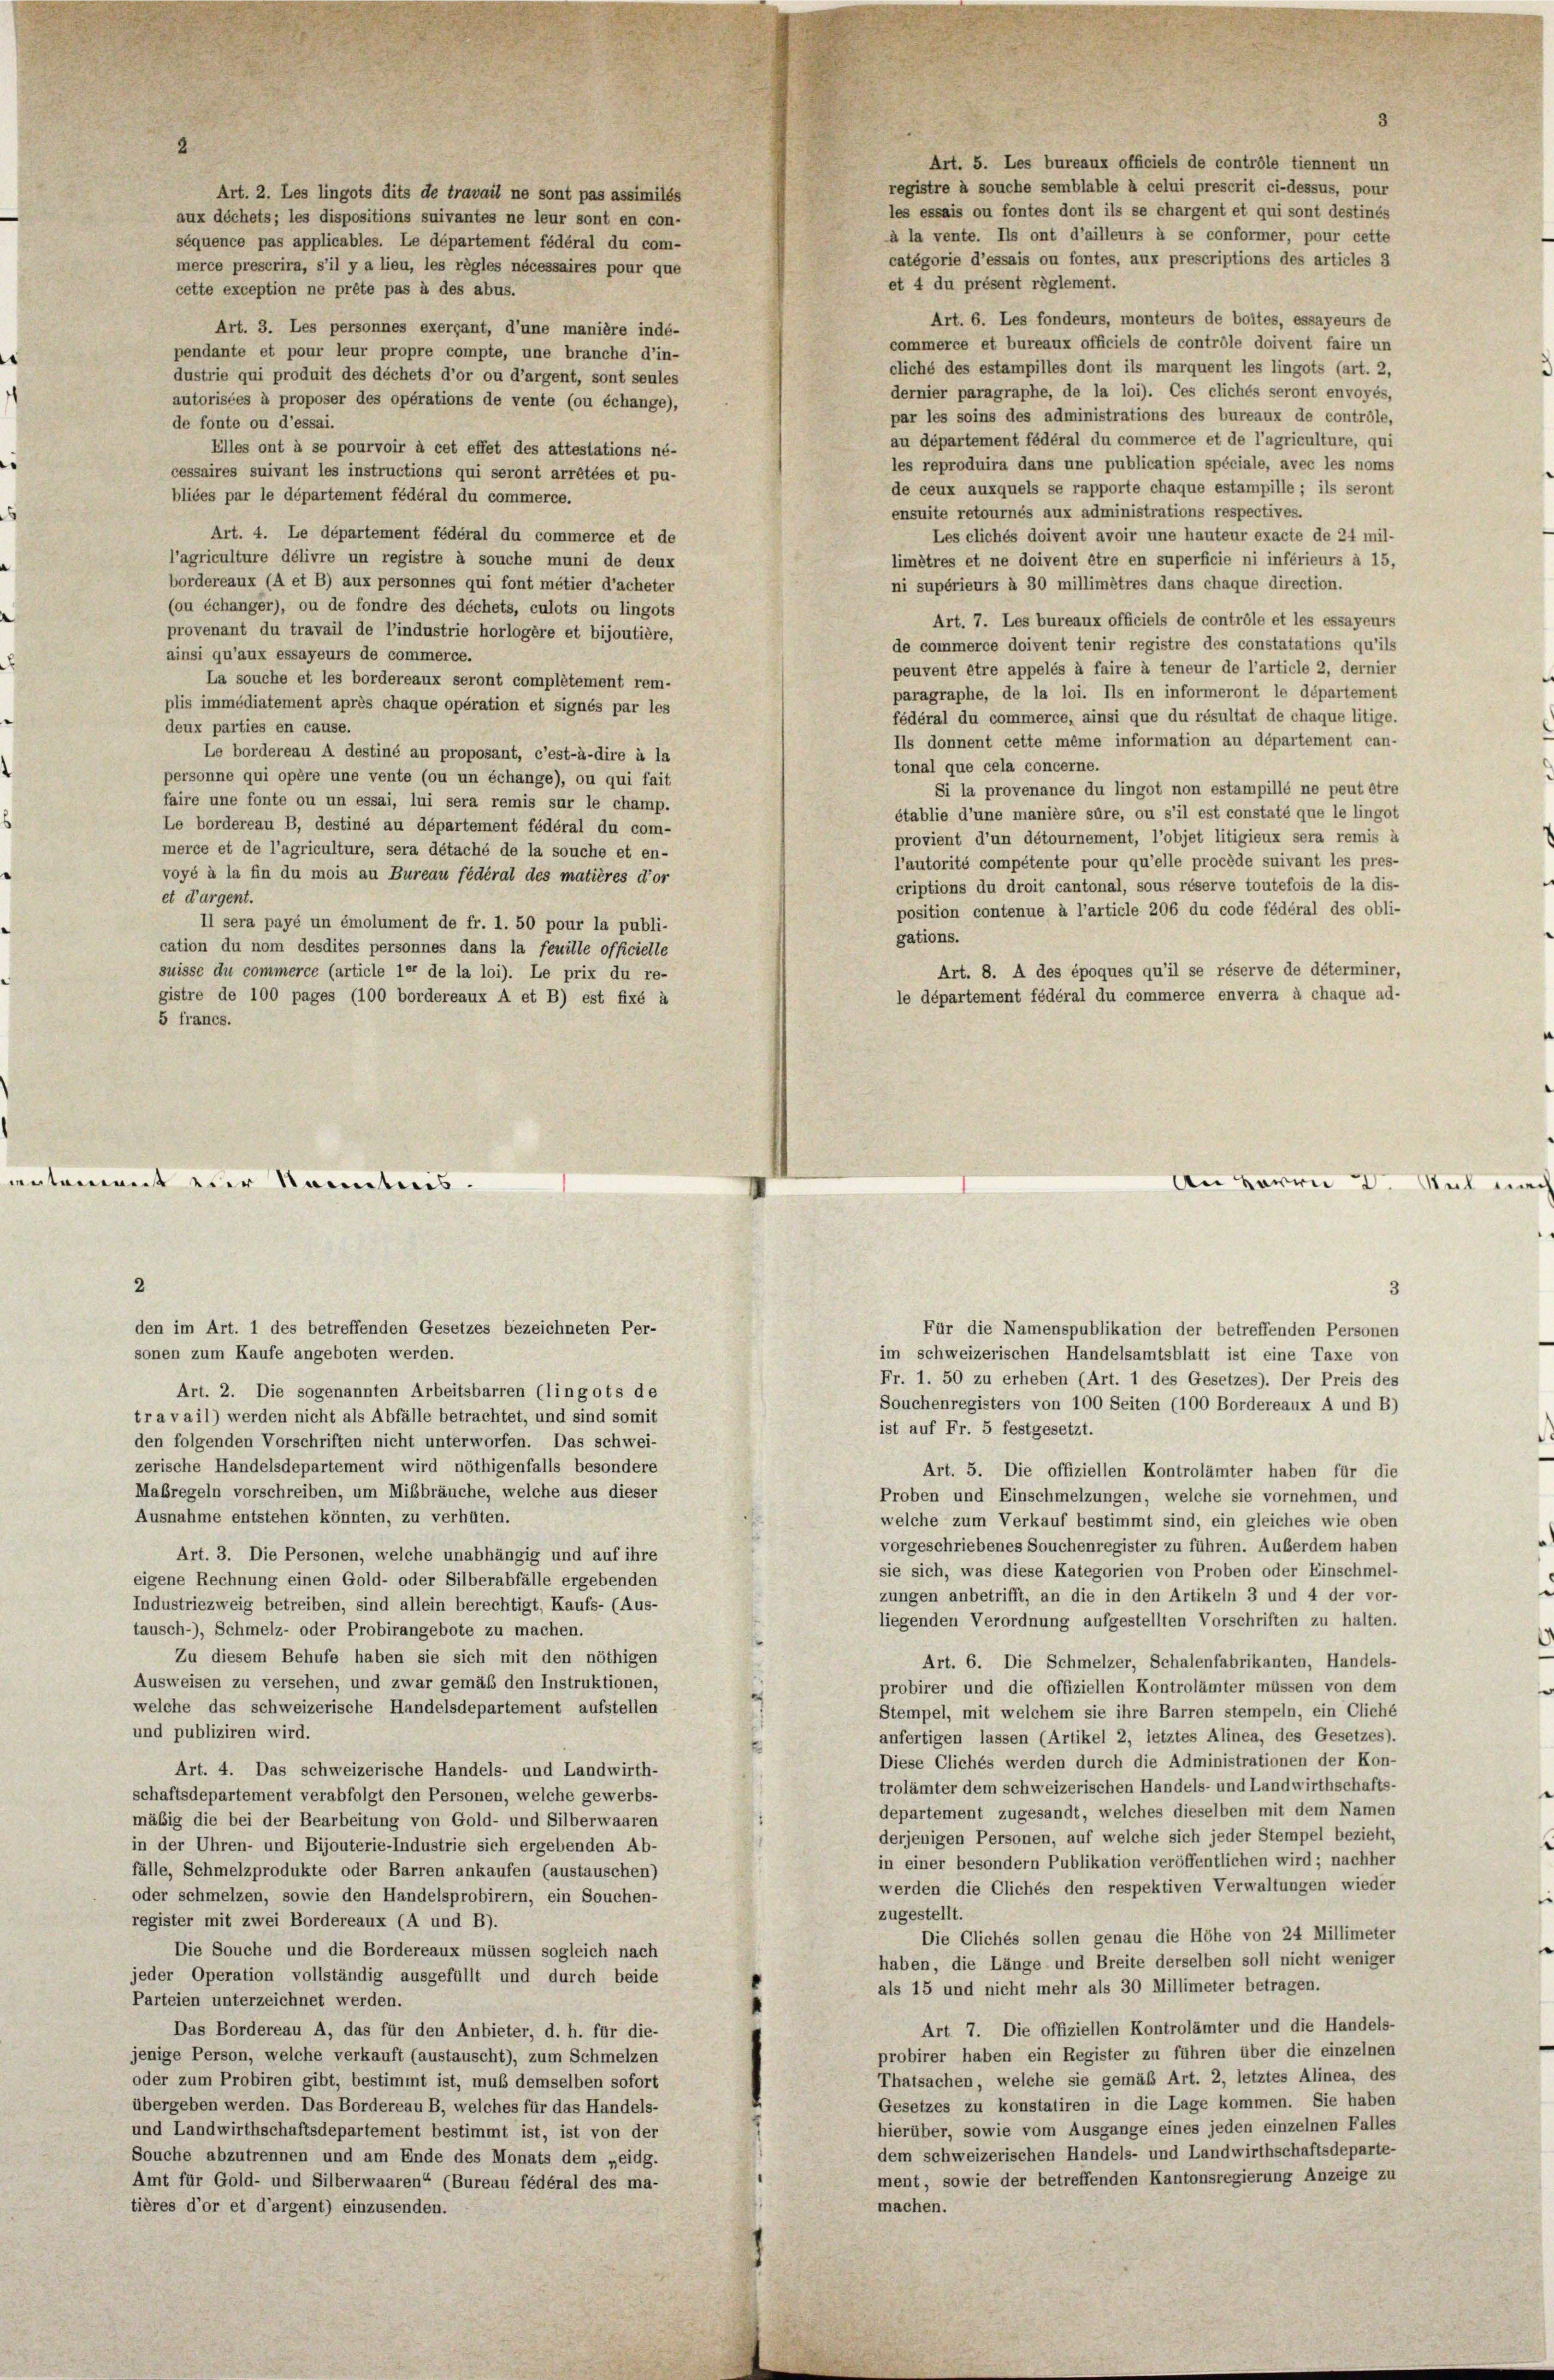
cette exception ne prête pas à des abus.
Art. 3. Les personnes exerçant, d’une manière indé-
pendante et pour leur propre compte, une branche d’in-
dustrie qui produit des déchets d’or ou d’argent, sont seules
autorisées à proposer des opérations de vente (ou échange),
de fonte ou d’essai.
Elles ont à se pourvoir à cet effet des attestations né-
cessaires suivant les instructions qui seront arrêtées et pu-
bliées par le département fédéral du commerce.
Art. 4. Le département fédéral du commerce et de
l’agriculture délivre un registre à souche muni de deux
bordereaux (A et B) aux personnes qui font métier d’acheter
(ou échanger), ou de fondre des déchets, culots ou lingots
provenant du travail de l’industrie horlogère et bijoutière,
ainsi qu’aux essayeurs de commerce.
La souche et les bordereaux seront complétement rem-
plis immédiatement après chaque opération et signés par les
deux parties en cause.
Le bordereau A destiné au proposant, c’est-à-dire à la
personne qui opère une vente (ou un échange), ou qui fait
faire une fonte ou un essai, lui sera remis sur le champ.
Le bordereau B, destiné au département fédéral du com-
merce et de l’agriculture, sera détaché de la souche et en-
voyé à la fin du mois au Bureau fédéral des matières d’or
et d’argent.
Il sera payé un émolument de fr. 1. 50 pour la publi-
cation du nom desdites personnes dans la feuille officielle
suisse du commerce (article 1er de la loi). Le prix du re-
gistre de 100 pages (100 bordereaux A et B) est fixé à
5 francs.
entement vier konntes.

Art. 2. Les lingots dits de travail ne sont pas assimilés
aux déchets; les dispositions suivantes ne leur sont en con-
séquence pas applicables. Le département fédéral du com-
merce prescrira, s’il y a lieu, les règles nécessaires pour que

den im Art. 1 des betreffenden Gesetzes bezeichneten Per-

2
sonen zum Kaufe angeboten werden.
Art. 2. Die sogenannten Arbeitsbarren (lingots de
travail) werden nicht als Abfälle betrachtet, und sind somit
den folgenden Vorschriften nicht unterworfen. Das schwei-
zerische Handelsdepartement wird nöthigenfalls besondere
Maßregeln vorschreiben, um Mißbräuche, welche aus dieser
Ausnahme entstehen könnten, zu verhüten.
Art. 3. Die Personen, welche unabhängig und auf ihre
eigene Rechnung einen Gold- oder Silberabfälle ergebenden
Industriezweig betreiben, sind allein berechtigt, Kaufs- (Aus-
tausch-), Schmelz- oder Probirangebote zu machen.
Zu diesem Behufe haben sie sich mit den nöthigen
Ausweisen zu versehen, und zwar gemäß den Instruktionen,
welche das schweizerische Handelsdepartement aufstellen
und publiziren wird.
Art. 4. Das schweizerische Handels- und Landwirth-
schaftsdepartement verabfolgt den Personen, welche gewerbs-
mäßig die bei der Bearbeitung von Gold- und Silberwaaren
in der Uhren- und Bijouterie-Industrie sich ergebenden Ab-
fälle, Schmelzprodukte oder Barren ankaufen (austauschen)
oder schmelzen, sowie den Handelsprobirern, ein Souchen-
register mit zwei Bordereaux (A und B).
Die Souche und die Bordereaux müssen sogleich nach
jeder Operation vollständig ausgefüllt und durch beide
Parteien unterzeichnet werden.
Das Bordereau A, das für den Anbieter, d. h. für die-
jenige Person, welche verkauft (austauscht), zum Schmelzen
oder zum Probiren gibt, bestimmt ist, muß demselben sofort
übergeben werden. Das Bordereau B, welches für das Handels-
und Landwirthschaftsdepartement bestimmt ist, ist von der
Souche abzutrennen und am Ende des Monats dem „eidg.
Amt für Gold- und Silberwaaren“ (Bureau fédéral des ma-
tières d’or et d’argent) einzusenden.

Art. 5. Les bureaux officiels de contrôle tiennent un
registre à souche semblable à celui prescrit ci-dessus, pour
les essais ou fontes dont ils se chargent et qui sont destinés
à la vente. Ils ont d’ailleurs à se conformer, pour cette
catégorie d’essais ou fontes, aux prescriptions des articles 3
et 4 du présent réglement.
Art. 6. Les fondeurs, monteurs de boites, essayeurs de
commerce et bureaux officiels de contrôle doivent faire un
cliche des estampilles dont ils marquent les lingots (art. 2,
dernier paragraphe, de la loi). Ces cliches seront envoyés,
par les soins des administrations des bureaux de contrôle,
au département fédéral du commerce et de l’agriculture, qui
les reproduira dans une publication spéciale, avec les noms
de ceux auxquels se rapporte chaque estampille; ils seront
ensuite retournés aux administrations respectives.
Les clichés doivent avoir une hauteur exacte de 24 mil-
limètres et ne doivent être en superficie ni inférieurs à 15,
ni supérieurs à 30 millimètres dans chaque direction.
Art. 7. Les bureaux officiels de contrôle et les essayeurs
de commerce doivent tenir registre des constatations qu’ils
peuvent être appelés à faire à teneur de l’article 2, dernier
paragraphe, de la loi. Ils en informeront le département
fédéral du commerce, ainsi que du résultat de chaque litige.
Ils donnent cette même information au département can-
tonal que cela concerne.
Si la provenance du lingot non estampillé ne peut être
établie d’une manière süre, ou s’il est constaté que le lingot
provient d’un détournement, l’objet litigieux sera remis à
l’autorité compétente pour qu’elle procède suivant les pres-
criptions du droit cantonal, sous réserve toutefois de la dis-
position contenue à l’article 206 du code fédéral des obli-
gations.
Art. 8. A des époques qu’il se réserve de déterminer,
le département fédéral du commerce enverra à chaque ad-
3
Für die Namenspublikation der betreffenden Personen
im schweizerischen Handelsamtsblatt ist eine Taxe von
Fr. 1. 50 zu erheben (Art. 1 des Gesetzes). Der Preis des
Souchenregisters von 100 Seiten (100 Bordereaux A und B)
ist auf Fr. 5 festgesetzt.
Art. 5. Die offiziellen Kontrolämter haben für die
Proben und Einschmelzungen, welche sie vornehmen, und
welche zum Verkauf bestimmt sind, ein gleiches wie oben
vorgeschriebenes Souchenregister zu führen. Außerdem haben
sie sich, was diese Kategorien von Proben oder Einschmel-
zungen anbetrifft, an die in den Artikeln 3 und 4 der vor-
liegenden Verordnung aufgestellten Vorschriften zu halten.
Art. 6. Die Schmelzer, Schalenfabrikanten, Handels-
probirer und die offiziellen Kontrolämter müssen von dem
e
Stempel, mit welchem sie ihre Barren stempeln, ein Cliche
anfertigen lassen (Artikel 2, letztes Alinea, des Gesetzes).
Diese Cliches werden durch die Administrationen der Kon-
trolämter dem schweizerischen Handels- und Landwirthschafts-
departement zugesandt, welches dieselben mit dem Namen
derjenigen Personen, auf welche sich jeder Stempel bezieht,
in einer besondern Publikation veröffentlichen wird; nachher
werden die Clichés den respektiven Verwaltungen wieder
zugestellt.
Die Cliches sollen genau die Höhe von 24 Millimeter
haben, die Länge und Breite derselben soll nicht weniger
als 15 und nicht mehr als 30 Millimeter betragen.
Art. 7. Die offiziellen Kontrolämter und die Handels-
probirer haben ein Register zu führen über die einzelnen
Thatsachen, welche sie gemäß Art. 2, letztes Alinea, des
Gesetzes zu konstatiren in die Lage kommen. Sie haben
hierüber, sowie vom Ausgange eines jeden einzelnen Falles
dem schweizerischen Handels- und Landwirthschaftsdeparte-
ment, sowie der betreffenden Kantonsregierung Anzeige zu
machen.

An Herrn

Weil in